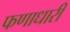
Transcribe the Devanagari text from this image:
फणाधारी